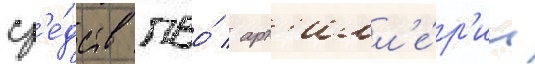
ср'е́дств пво́ / арт'илл'е́р'ии